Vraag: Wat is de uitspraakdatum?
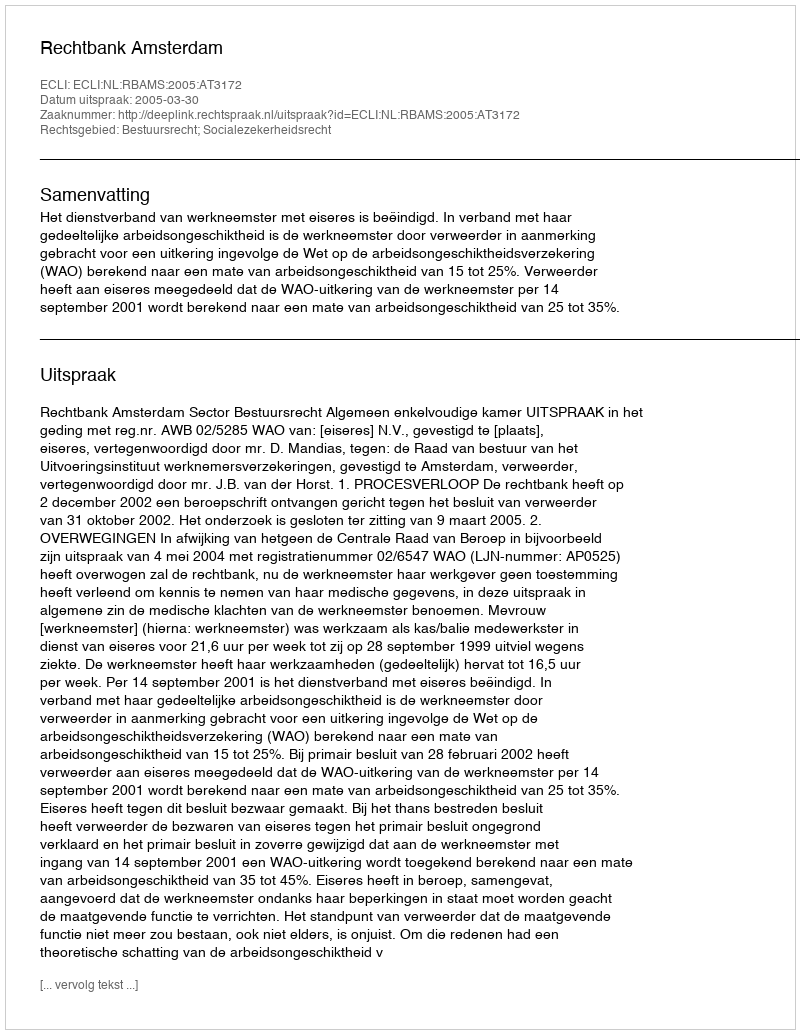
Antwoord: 2005-03-30